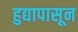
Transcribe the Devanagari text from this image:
हुद्यापासून